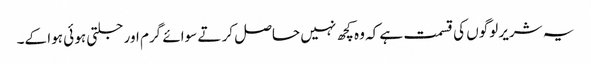
یہ شریر لوگوں کی قسمت ہے کہ وہ کچھ نہیں حاصل کر تے سوائے گرم اور جلتی ہو ئی ہوا کے۔